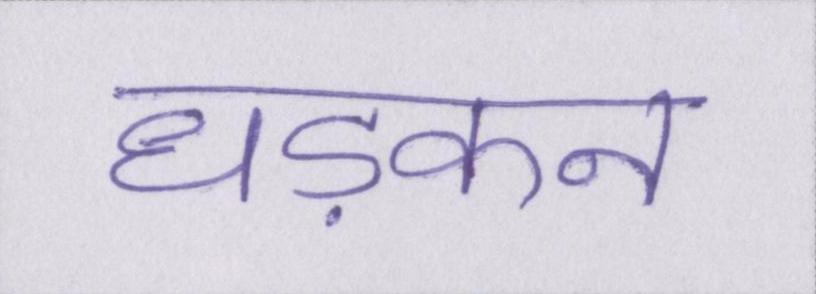
धड़कन